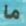
ما